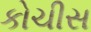
કોચીસ